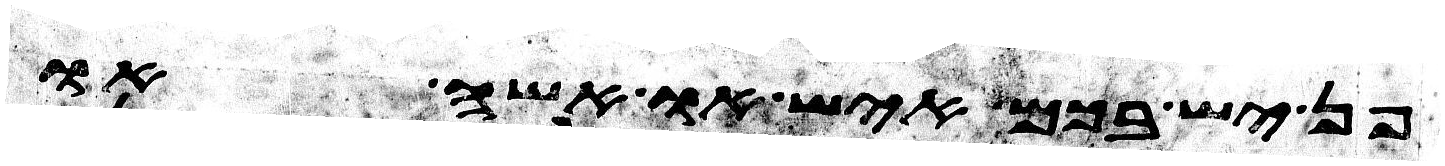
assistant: פן יש בכם איש או אשה או